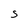
Character: s